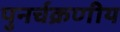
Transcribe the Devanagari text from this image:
पुनर्चक्रणीय